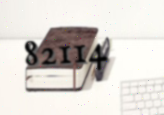
82114